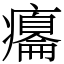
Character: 癟